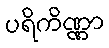
ပရိကိဏ္ဏာ